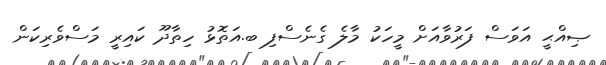
ޞިއްޙީ އަވަސް ފަރުވާއަށް މީހަކު މާލެ ގެނެސްފި ބ.އަތޮޅު ހިތާދޫ ކައިރީ މަސްވެރިކަން